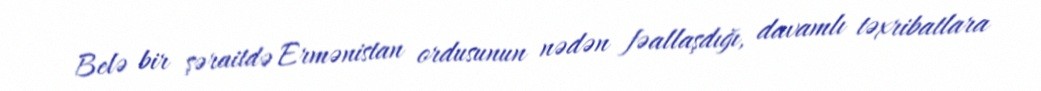
Belə bir şəraitdə Ermənistan ordusunun nədən fəallaşdığı, davamlı təxribatlara